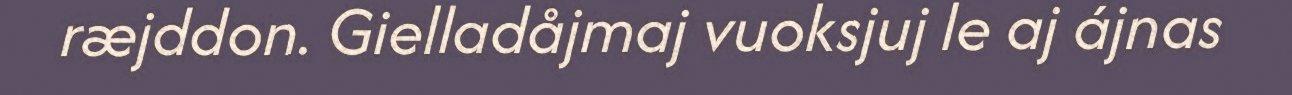
ræjddon. Gielladåjmaj vuoksjuj le aj ájnas